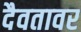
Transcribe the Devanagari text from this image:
दैवतावर